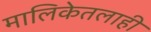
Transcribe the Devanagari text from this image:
मालिकेतलाही